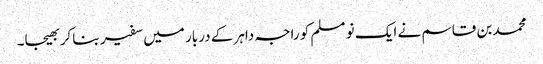
محمد بن قاسم نے ایک نو مسلم کو راجہ داہر کے دربار میں سفیر بنا کر بھیجا۔